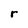
Character: r